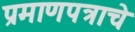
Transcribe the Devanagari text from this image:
प्रमाणपत्राचे